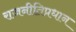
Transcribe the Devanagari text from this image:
राजनीतिप्रधान